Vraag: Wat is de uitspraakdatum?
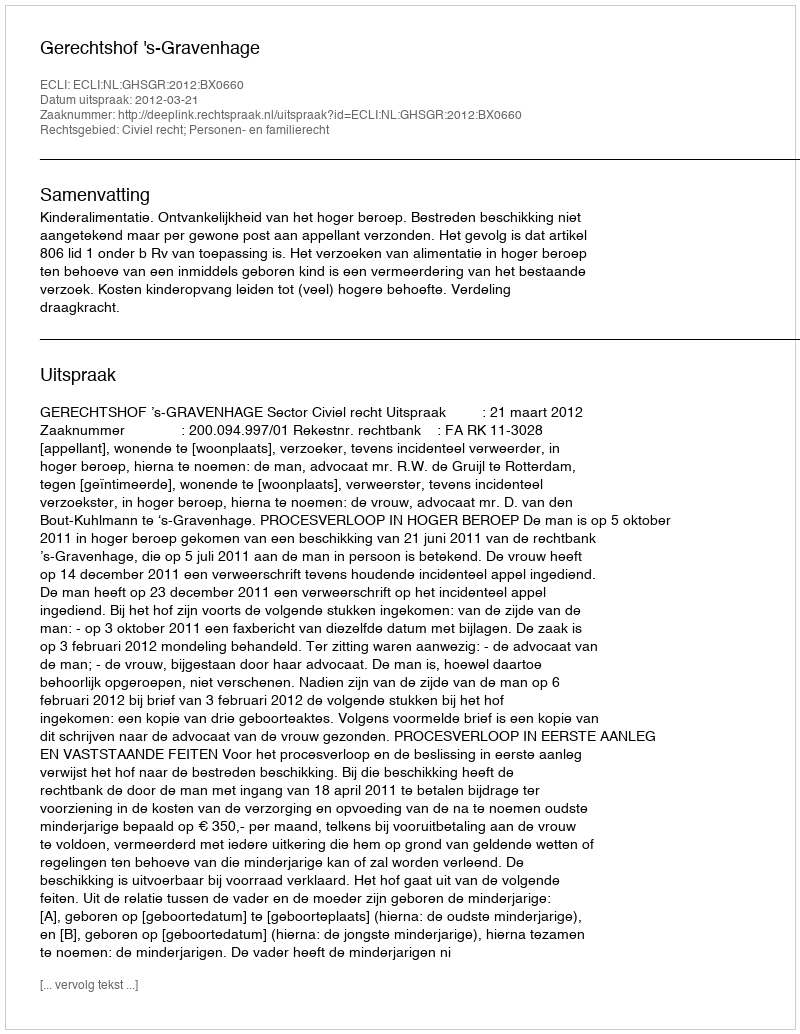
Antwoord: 2012-03-21